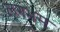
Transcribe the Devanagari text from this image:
लगभस